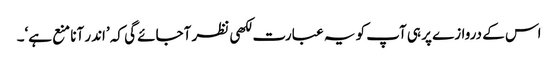
اس کے دروازے پر ہی آپ کو یہ عبارت لکھی نظر آجائے گی کہ ’اندر آنا منع ہے‘۔